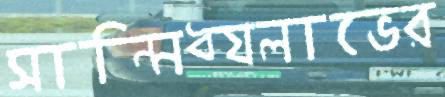
সান্নিধ্যলাভের